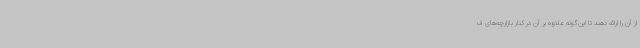
از آن را ارائه دهند تا این‌گونه علاوه بر آن در کنار بازارچه‌های ف